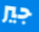
جير